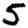
Digit: 5